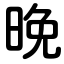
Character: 晚